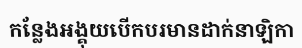
កន្លែងអង្គុយបើកបរមានដាក់នាឡិកា